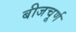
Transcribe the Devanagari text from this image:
बीजचूर्ण